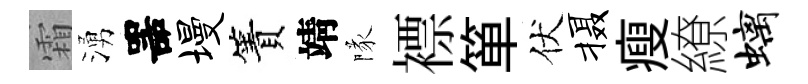
霜湧噐墁簀靖隊褾箪伏摄瘦繚螭